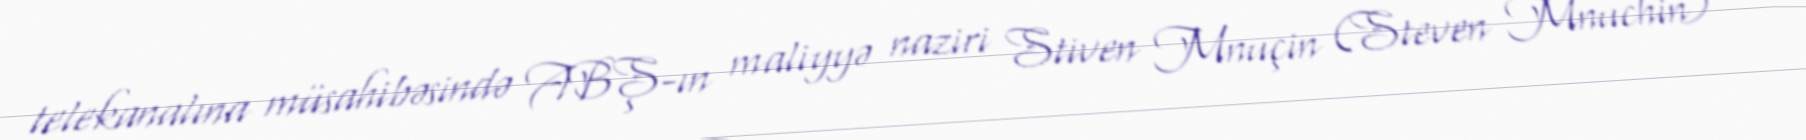
telekanalına müsahibəsində ABŞ-ın maliyyə naziri Stiven Mnuçin (Steven Mnuchin)